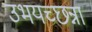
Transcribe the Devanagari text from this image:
उभयच्छन्ना